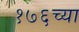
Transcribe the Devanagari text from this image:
१७६च्या